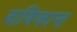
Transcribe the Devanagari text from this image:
बाणिकान्त